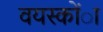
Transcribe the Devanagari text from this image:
वयस्कोंा